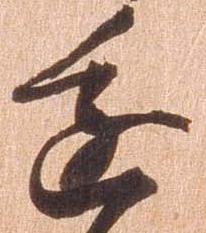
進